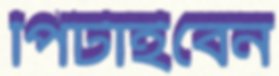
পিটাইবেন